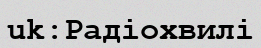
uk:Радіохвилі